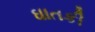
ઘાતકી